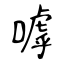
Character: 嘑